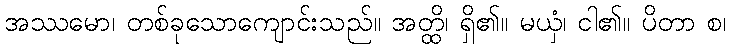
အဿမော၊ တစ်ခုသောကျောင်းသည်။ အတ္ထိ၊ ရှိ၏။ မယှံ၊ ငါ၏။ ပိတာ စ၊